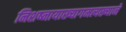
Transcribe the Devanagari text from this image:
निशष्नायाख्यागमत्यख्याने